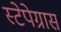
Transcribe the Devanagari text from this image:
स्टेपेग्रास